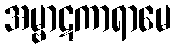
အမ္ဗာဋကာရာမေ